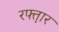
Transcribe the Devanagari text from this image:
रफ्त़ार